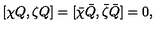
[ \chi Q , \zeta Q ] = [ \bar { \chi } \bar { Q } , \bar { \zeta } \bar { Q } ] = 0 ,